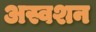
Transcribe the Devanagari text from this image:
अस्वशन